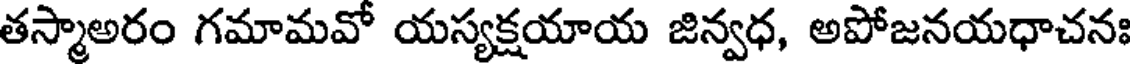
తస్మాఅరం గమామవో యస్యక్షయాయ జిన్వధ, అపోజనయధాచనః